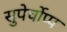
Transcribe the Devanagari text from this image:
सुपेर्चोप्प